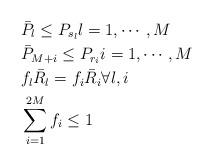
LaTeX: \begin{align*}&\bar{P}_{l} \leq P_{s_l}l=1,\cdots,M\\&\bar{P}_{M+i} \leq P_{r_i} i=1,\cdots,M\\&f_{l}\bar{R}_{l}=f_i\bar{R}_i \forall l,i \\&\sum_{i=1}^{2M} f_i \leq 1\end{align*}